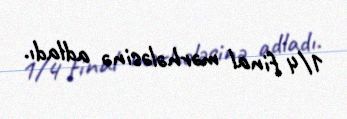
1/4 final mərhələsinə adladı.